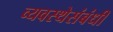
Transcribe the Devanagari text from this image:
व्यवस्थेसंबंधी